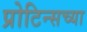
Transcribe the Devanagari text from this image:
प्रोटिन्सच्या